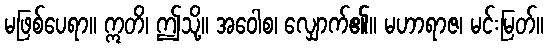
မဖြစ်ပေရာ။ ဣတိ၊ ဤသို့။ အဝေါစ၊ လျှောက်၏။ မဟာရာဇ၊ မင်းမြတ်။